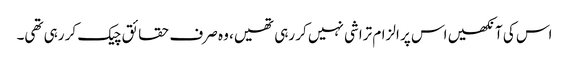
اس کی آنکھیں اس پر الزام تراشی نہیں کر رہی تھیں، وہ صرف حقائق چیک کر رہی تھی۔